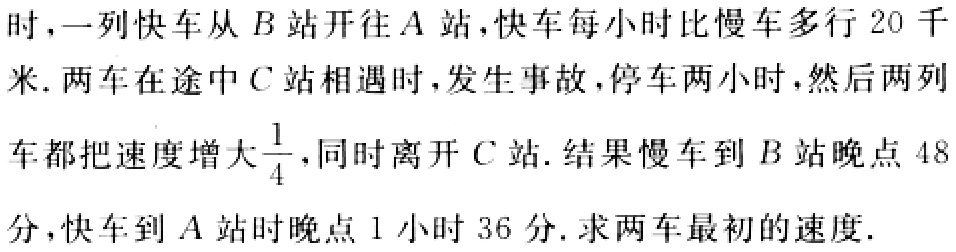
时，一列快车从\(B\)站开往\(A\)站，快车每小时比慢车多行\(20\)千米. 两车在途中\(C\)站相遇时，发生事故，停车两小时，然后两列车都把速度增大\(\frac{1}{4}\)，同时离开\(C\)站. 结果慢车到\(B\)站晚点\(48\)分，快车到\(A\)站时晚点\(1\)小时\(36\)分. 求两车最初的速度.